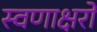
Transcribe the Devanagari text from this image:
स्वणाक्षरों